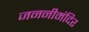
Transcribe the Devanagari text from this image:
जननीमंदिर